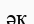
әқ